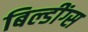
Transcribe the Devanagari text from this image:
बिल्डींग्स